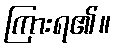
ကြားရ၏။